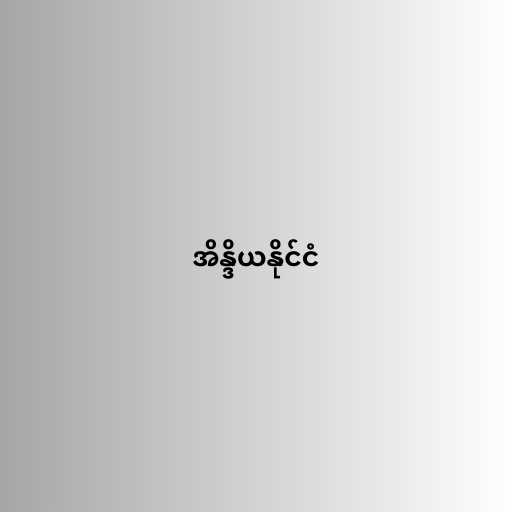
အိန္ဒိယနိုင်ငံ